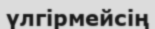
үлгірмейсің